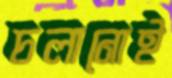
চলানোই